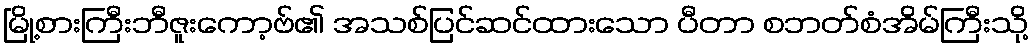
မြို့စားကြီးဘီဇူးကော့ဗ်၏ အသစ်ပြင်ဆင်ထားသော ပီတာ စဘတ်စံအိမ်ကြီးသို့